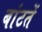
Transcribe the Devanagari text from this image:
बांटतें